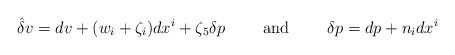
\begin{align*}\hat{\delta } v=dv+(w_{i}+\zeta _i)dx^i+\zeta _{5}\delta p\qquad\mbox{ and } \qquad \delta p=dp+n_i dx^i \end{align*}